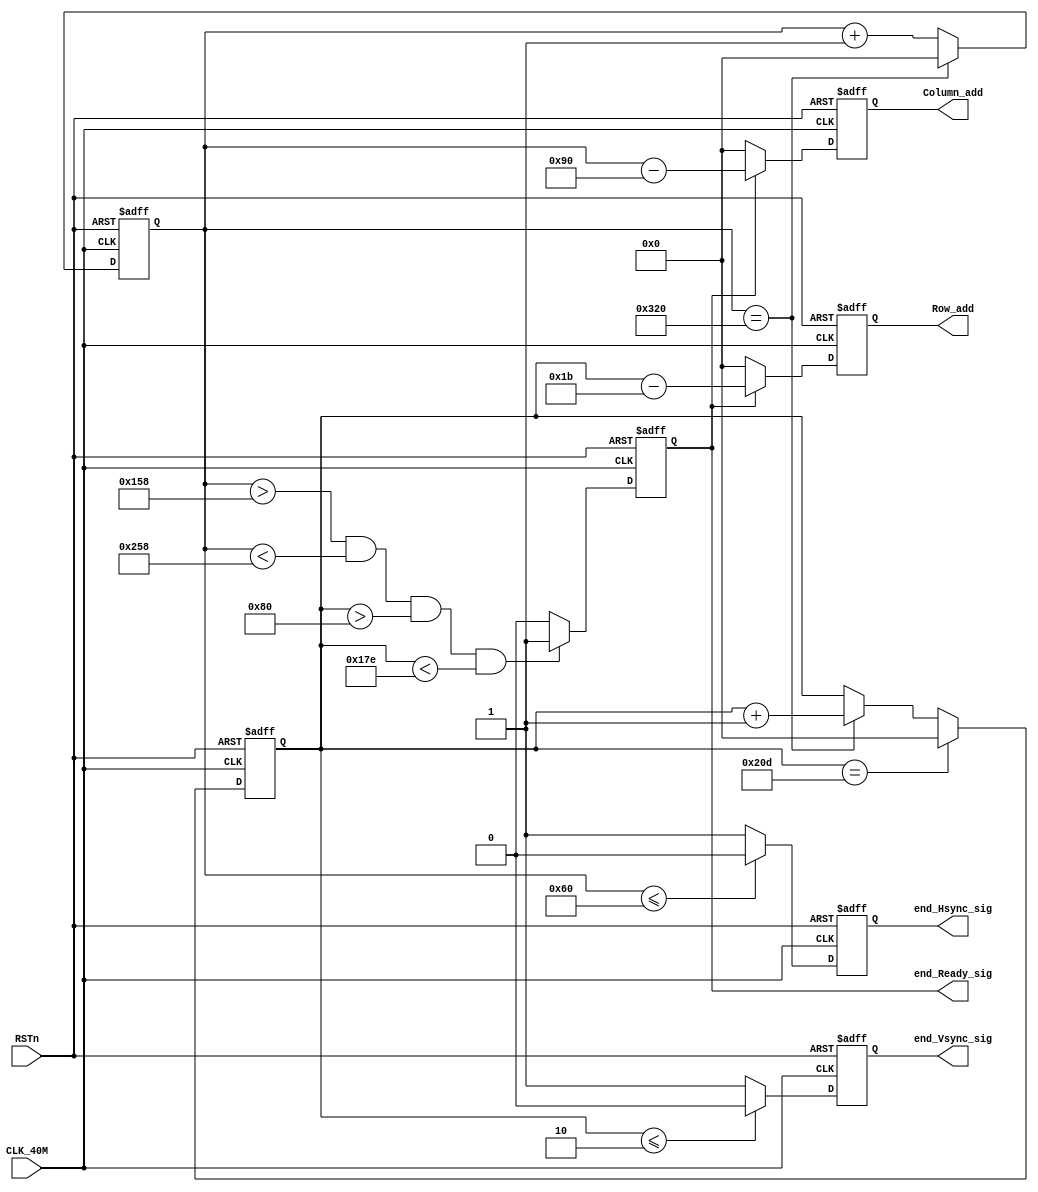
module end_Vga_sync		//vga
(
	input CLK_40M,
	input RSTn,
	output end_Hsync_sig,		//
	output end_Vsync_sig,		//
	output end_Ready_sig,		//800*600
	output [10:0] Row_add,	//111011
	output [10:0] Column_add	//11
);
	//**************************************************************
	reg [10:0] Count_hsync;		//1056
	always @ (posedge CLK_40M or negedge RSTn)
	begin
		if(!RSTn)
			Count_hsync <= 11'd 0;
		else 
			 if(Count_hsync == 11'd 800)
				Count_hsync <= 11'd 0;
			 else	
				Count_hsync <= Count_hsync + 1'd 1;	
	end
	
	//**************************************************************
	reg [10:0] Count_vsync;		//628
	always @ (posedge CLK_40M or negedge RSTn)
	begin
		if(!RSTn)
			Count_vsync <= 11'd 0;
		else 
			if(Count_vsync == 11'd 525)
				Count_vsync <= 11'd 0;
			else	if(Count_hsync == 11'd 800) 		//1056~
						Count_vsync <= Count_vsync + 1'd 1;					
	end
	
	//**************************************************************
	reg r_Ready_sig;		//800*600~
	always @ (posedge CLK_40M or negedge RSTn)
	begin
		if(!RSTn)
			r_Ready_sig <= 1'd 0;
		else	if((Count_hsync > (11'd 144 + 11'd200)) && (Count_hsync < (11'd 784 - 11'd184))		//216<<1016,27<<627800*60010.
					 && (Count_vsync > (11'd 35 + 11'd93)) && (Count_vsync < (11'd 515 - 11'd133)))
					r_Ready_sig <= 1'd 1;
				else
					r_Ready_sig <= 1'd 0;		
	end
	
	assign end_Ready_sig = r_Ready_sig;		//end_Ready_sig
	
	//**************************************************************
	reg [10:0] rRow_add;		//
	reg [10:0] rColumn_add;		//
	always @ (posedge CLK_40M or negedge RSTn)
	begin
		if(!RSTn)
			begin
				rRow_add <= 11'd 0;
				rColumn_add <= 11'd 0;
			end
		else	
			begin
				rColumn_add <= (r_Ready_sig)?		Count_hsync - 11'd 144   :	 11'd 0;		//r_Ready_sig1Count_vsync - 217rColumn_addr_Ready_sig00rColumn_add
				rRow_add <= (r_Ready_sig)?	 Count_vsync - 11'd 27	 :	 11'd 0; 		//r_Ready_sig1Count_hsync -  28rRow_addr_Ready_sig00rRow_add
			end
	end
	
	assign Row_add = rRow_add;
	assign Column_add = rColumn_add;
	
	//**************************************************************
	reg r_Hsync_sig;		//
	reg r_Vsync_sig;		//
	always @ ( posedge CLK_40M or negedge RSTn )
	begin
		if(!RSTn)
			begin
				r_Hsync_sig <= 1'd 0;
				r_Vsync_sig <= 1'd 0;
			end
		else
			begin
				r_Vsync_sig <= (Count_vsync <= 11'd 2)?		1'd 0	:	1'd 1;		//Count_vsynco4
				r_Hsync_sig <= (Count_hsync <= 11'd 96)? 	1'd 0 	:	1'd 1; 		//Count_hsynca128
			end
	end
	
	assign end_Hsync_sig = r_Hsync_sig;
	assign end_Vsync_sig = r_Vsync_sig;
	
endmodule